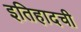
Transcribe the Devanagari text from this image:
इतिहादची